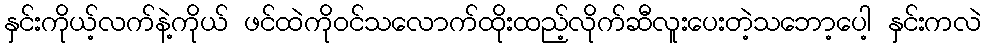
နှင်းကိုယ့်လက်နဲ့ကိုယ် ဖင်ထဲကိုဝင်သလောက်ထိုးထည့်လိုက်ဆီလူးပေးတဲ့သဘော့ပေါ့ နှင်းကလဲ